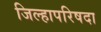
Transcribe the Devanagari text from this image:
जिल्हापरिषदा